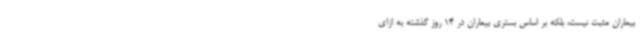
بیماران مثبت نیست، بلکه بر اساس بستری بیماران در 14 روز گذشته به ازای